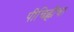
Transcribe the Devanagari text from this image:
पीचिह्लीचा